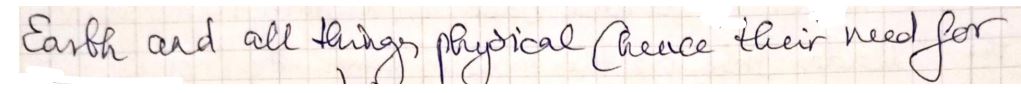
Earth and all things physical (hence their need for